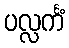
ပလ္လင်္ကံ